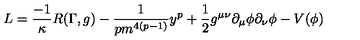
L = \frac { - 1 } { \kappa } R ( \Gamma , g ) - \frac { 1 } { p m ^ { 4 ( p - 1 ) } } y ^ { p } + \frac { 1 } { 2 } g ^ { \mu \nu } \partial _ { \mu } \phi \partial _ { \nu } \phi - V ( \phi )